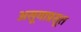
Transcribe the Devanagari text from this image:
असूयाप्रसूत